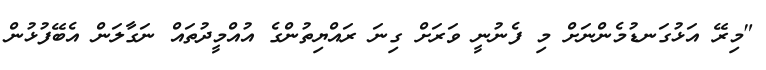
"މިރޭ އަޅުގަނޑުމެންނަށް މި ފެނުނީ ވަރަށް ގިނަ ރައްޔިތުންގެ އުއްމީދުތައް ނަގާލަން އެބޭފުޅުން